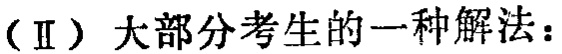
（Ⅱ）大部分考生的一种解法：